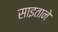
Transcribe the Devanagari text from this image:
साइताने